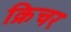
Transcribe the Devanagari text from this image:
क्रिचर